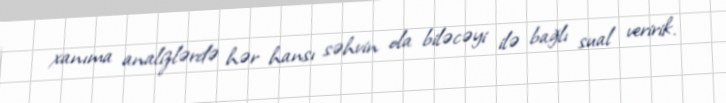
xanıma analizlərdə hər hansı səhvin ola biləcəyi ilə bağlı sual veririk.